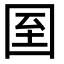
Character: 𡇓